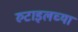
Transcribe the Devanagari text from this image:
रुटाइलच्या